Report of the King Institute of Preventive Medicine, Guindy
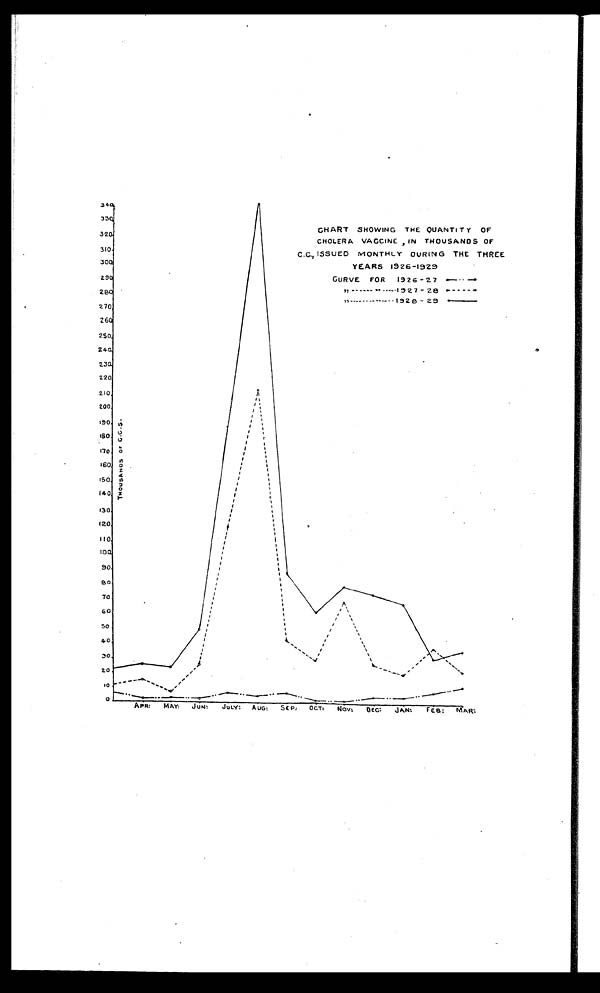
CHART SHOWING THE QUANTITY OF
CHOLERA VACCINE IN THOUSANDS OF
C.C., ISSUED MONTHLY DURING THE THREE
YEARS 1926-1929
CURVE FOR 1926 - 27
•
" ----- -
1927-28 -
"... -----...-----1928-28